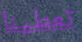
تعطينا